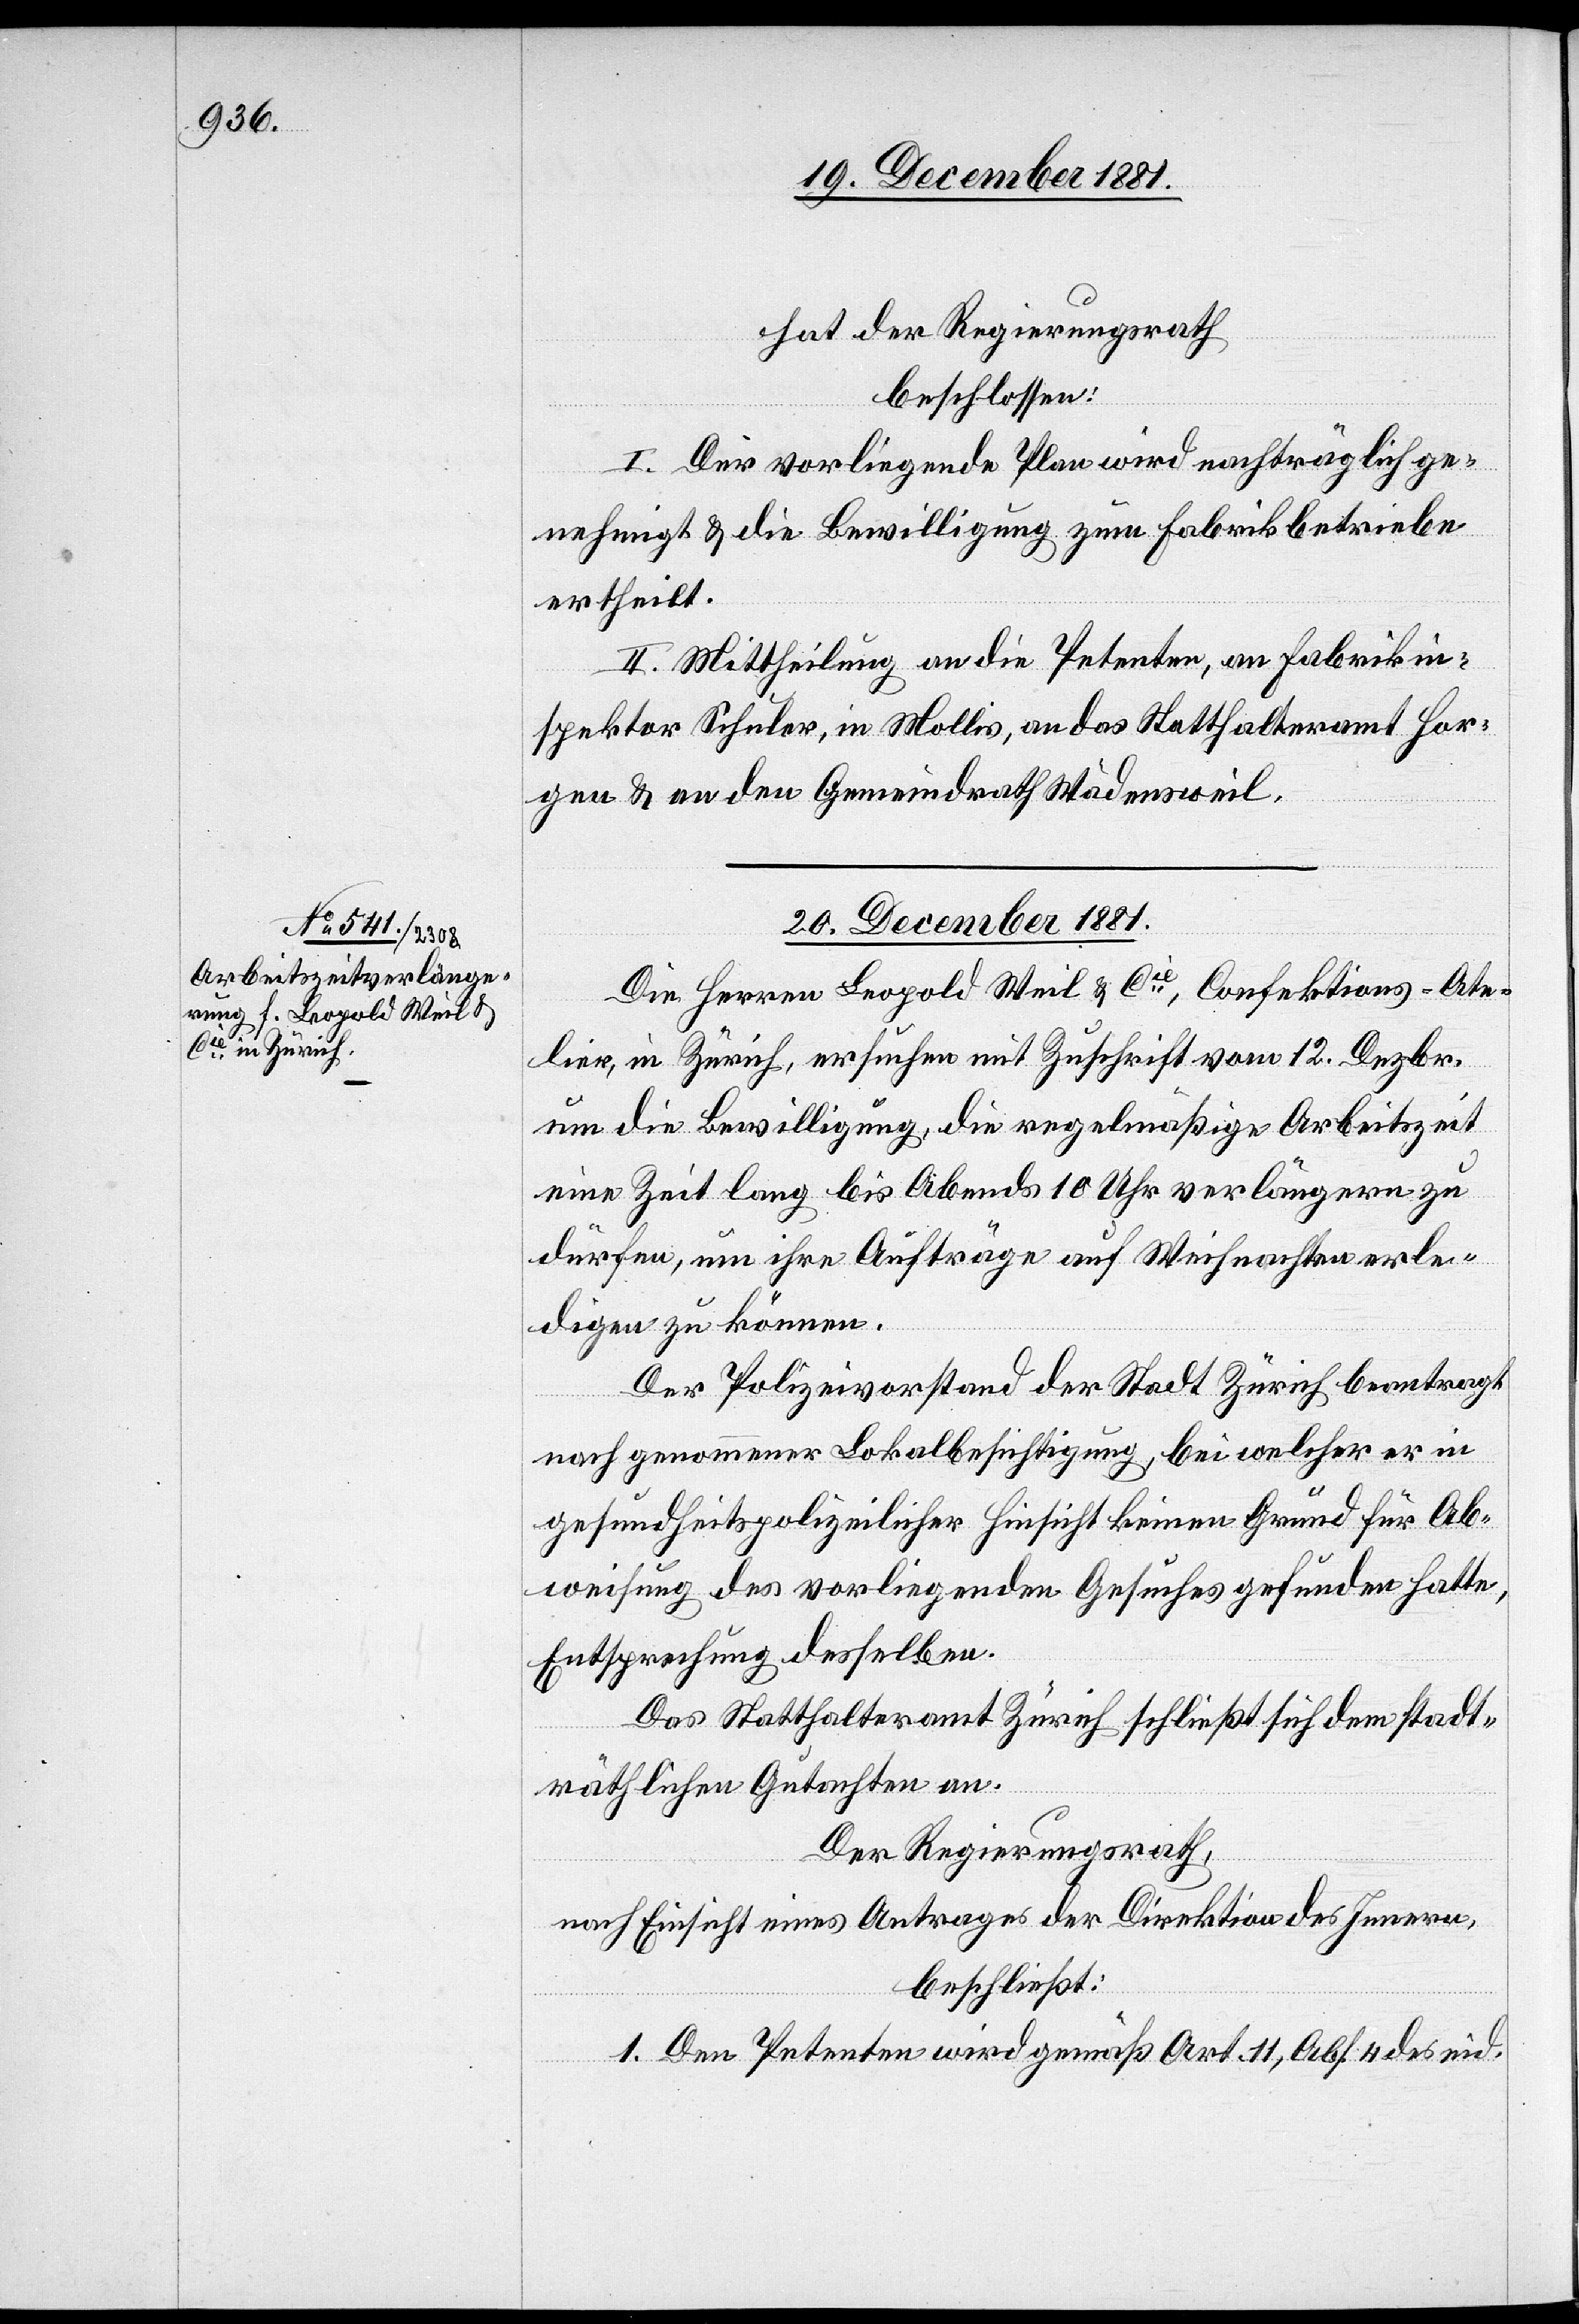
hat der Regierungsrath,
beschlossen:
I. Der vorliegende Plan wird nachträglich ge¬
nehmigt & die Bewilligung zum Fabrikbetriebe
ertheilt.
II. Mittheilung an die Petenten, an Fabrikin¬
spektor Schuler, in Mollis, an das Statthalteramt Hor¬
gen & an den Gemeindrath Wädensweil.
20. December 1881.
Die Herren Leopold Weil & Cie, Confektions-Ate¬
lier, in Zürich, ersuchen mit Zuschrift vom 12. Dezbr.
um die Bewilligung, die regelmäßige Arbeitszeit
eine Zeit lang bis Abends 10 Uhr verlängern zu
dürfen, um ihre Aufträge auf Weihnachten erle¬
digen zu können.
Der Polizeivorstand der Stadt Zürich beantragt
nach genommener Lokalbesichtigung, bei welcher er in
gesundheitspolizeilicher Hinsicht keinen Grund für Ab¬
weisung des vorliegenden Gesuches gefunden hatte,
Entsprechung desselben.
Das Statthalteramt Zürich schließt sich dem stadt¬
räthlichen Gutachten an.
Der Regierungsrath,
nach Einsicht eines Antrages der Direktion des Innern,
beschließt:
1. Den Petenten wird gemäß Art. 11, Abs. 4 des eid.